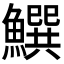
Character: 𩻝